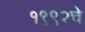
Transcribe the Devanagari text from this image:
१९९२चे